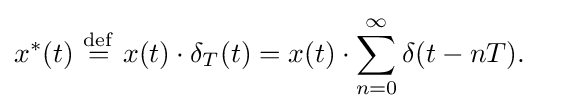
{\begin{aligned}x^{*}(t)\ {\stackrel {\mathrm {def} }{=}}\ x(t)\cdot \delta _{T}(t)&=x(t)\cdot \sum _{n=0}^{\infty }\delta (t-nT).\end{aligned}}